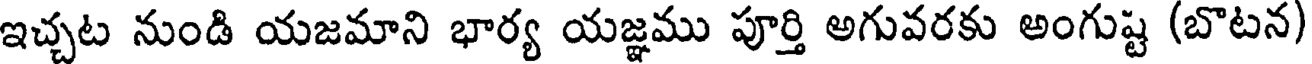
ఇచ్చట నుండి యజమాని భార్య యజ్ఞము పూర్తి అగువరకు అంగుష్ట (బొటన)